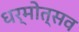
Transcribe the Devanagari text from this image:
धर्मोत्सव